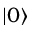
| 0 \rangle